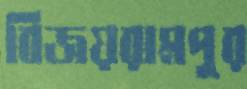
বিজয়রামপুর